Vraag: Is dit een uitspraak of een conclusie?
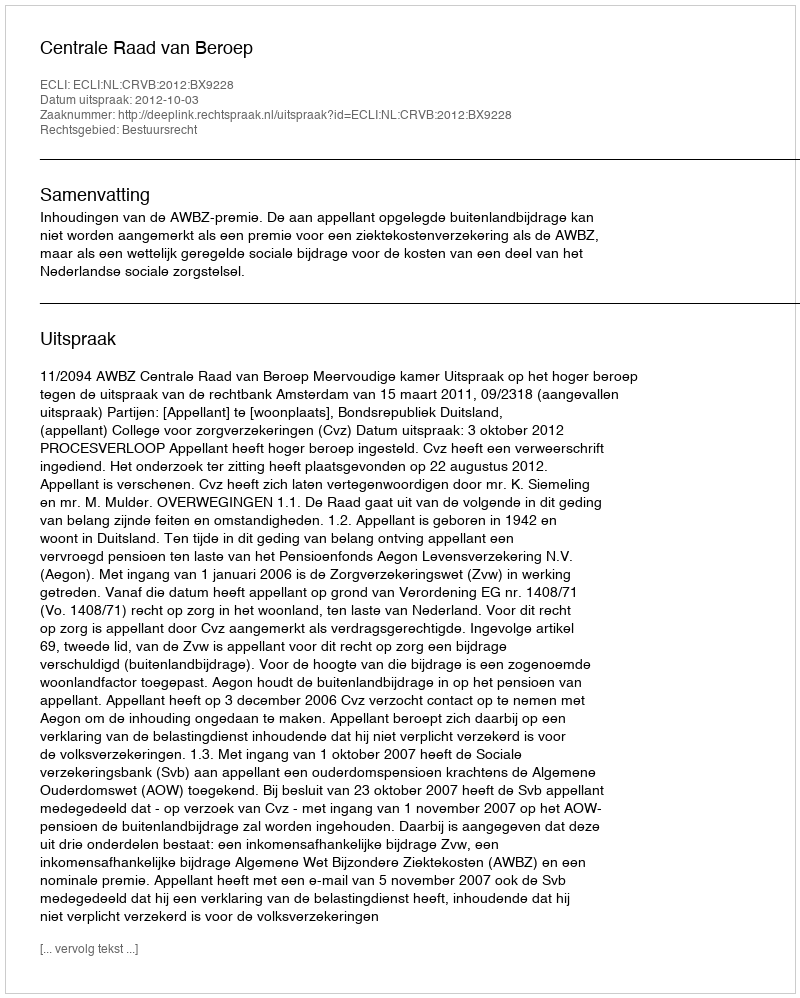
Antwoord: Uitspraak